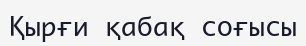
Қырғи қабақ соғысы